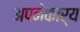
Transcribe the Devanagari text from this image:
अपनेकार्य